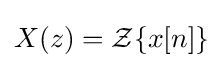
X(z)={\mathcal {Z}}\{x[n]\}